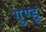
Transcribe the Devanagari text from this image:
गुण्डु